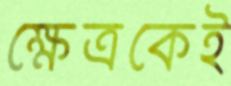
ক্ষেত্রকেই